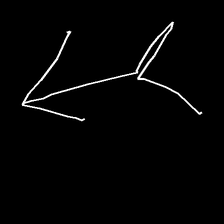
Glyph: gather